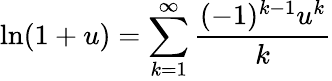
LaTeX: \ln(1+u)=\sum_{k=1}^{\infty}{\frac{(-1)^{k-1}u^{k}}{k}}